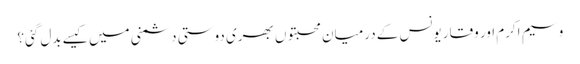
وسیم اکرم اور وقار یونس کے درمیان محبتوں بھری دوستی دشمنی میں کیسے بدل گئی؟